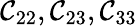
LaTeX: \mathcal{C}_{22},\mathcal{C}_{23},\mathcal{C}_{33}